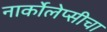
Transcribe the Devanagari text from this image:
नार्कोलेप्सीचा